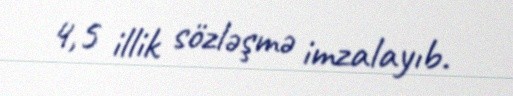
4,5 illik sözləşmə imzalayıb.